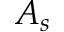
A _ { s }